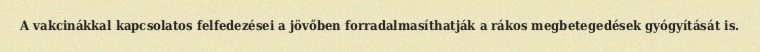
A vakcinákkal kapcsolatos felfedezései a jövőben forradalmasíthatják a rákos megbetegedések gyógyítását is.